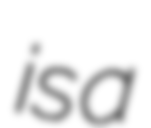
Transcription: is a